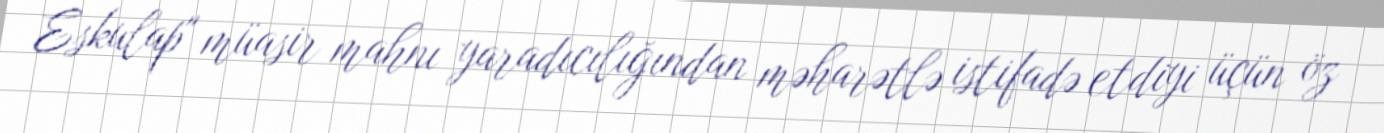
Eskulap" müasir mahnı yaradıcılığından məharətlə istifadə etdiyi üçün öz